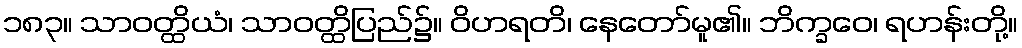
၁၈၃။ သာဝတ္ထိယံ၊ သာဝတ္ထိပြည်၌။ ဝိဟရတိ၊ နေတော်မူ၏။ ဘိက္ခဝေ၊ ရဟန်းတို့။